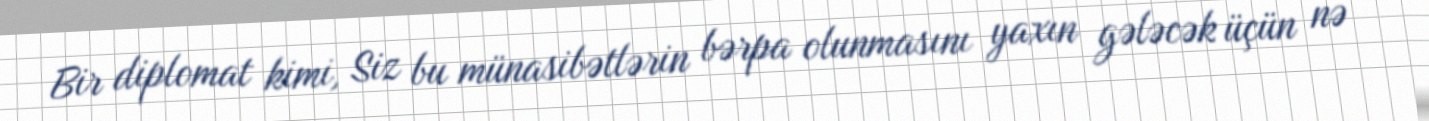
Bir diplomat kimi, Siz bu münasibətlərin bərpa olunmasını yaxın gələcək üçün nə